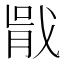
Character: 𭟶